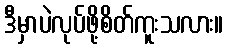
ဒီမှာပဲလုပ်ဖို့စိတ်ကူးသလား။